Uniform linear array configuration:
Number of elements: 4
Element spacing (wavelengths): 1
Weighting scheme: cosine
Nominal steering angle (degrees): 60
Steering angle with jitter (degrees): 59.611
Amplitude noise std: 0.05
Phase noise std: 0.05

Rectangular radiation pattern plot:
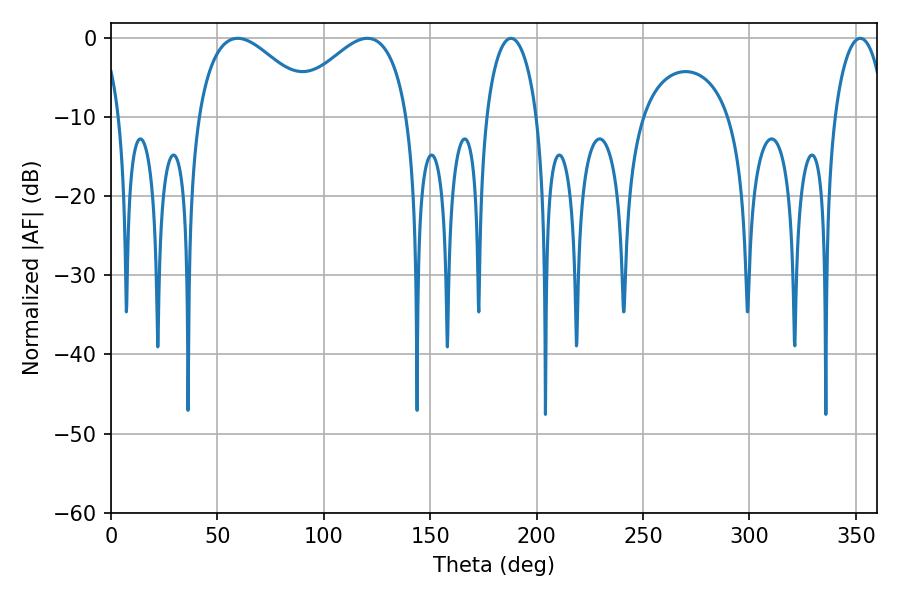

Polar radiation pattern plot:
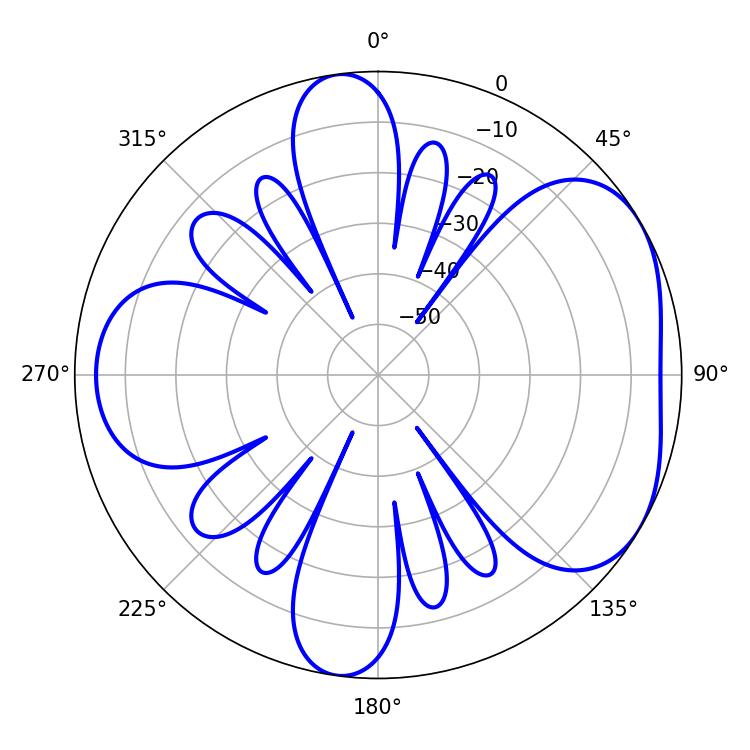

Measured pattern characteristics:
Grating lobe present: TRUE
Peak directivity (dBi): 4.662
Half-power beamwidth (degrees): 13.5
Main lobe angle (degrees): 187.92